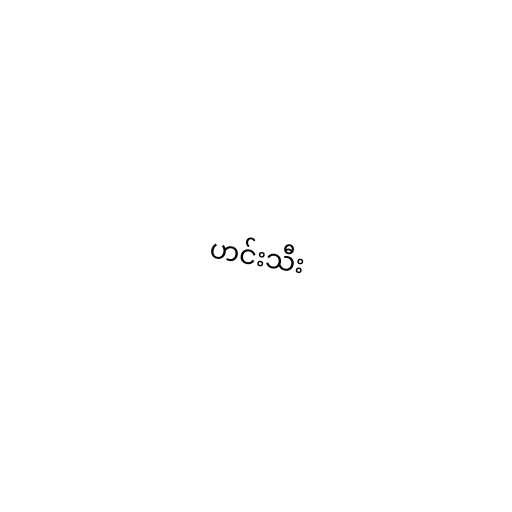
ဟင်းသီး